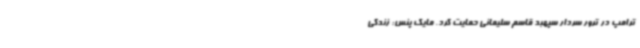
ترامپ در ترور سردار سپهبد قاسم سلیمانی حمایت کرد. مایک پنس: زندگی